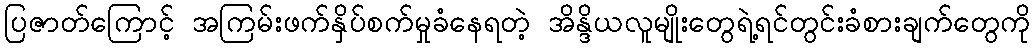
ပြဇာတ်ကြောင့် အကြမ်းဖက်နှိပ်စက်မှုခံနေရတဲ့ အိန္ဒိယလူမျိုးတွေရဲ့ရင်တွင်းခံစားချက်တွေကို